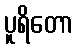
ပူရိတော